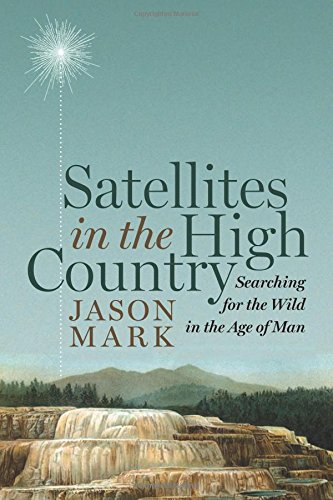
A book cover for Satellites in the High Country: Searching for the Wild in the Age of Man; Jason Mark; Science & Math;